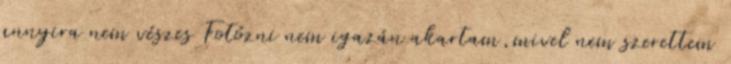
annyira nem vészes Fotózni nem igazán akartam,mivel nem szerettem